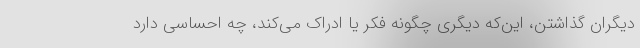
دیگران گذاشتن، این‌که دیگری چگونه فکر یا ادراک می‌کند، چه احساسی دارد